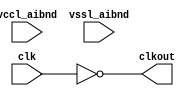
// This program was cloned from: https://github.com/chipsalliance/aib-phy-hardware
// License: Apache License 2.0

// SPDX-License-Identifier: Apache-2.0
// Copyright (C) 2019 Intel Corporation. 
// Verilog HDL and netlist files of
// "aibnd_lib aibnd_inv schematic"

// Netlisted models

// Library - aibnd_lib, Cell - aibnd_inv, View - schematic
// LAST TIME SAVED: Apr 22 17:45:05 2015
// NETLIST TIME: May 11 08:38:23 2015
//`timescale 1ns / 1ns 

module aibnd_inv ( clkout, clk, vccl_aibnd, vssl_aibnd );

output  clkout;

input  clk, vccl_aibnd, vssl_aibnd;

// List of primary aliased buses

/*
specify 
    specparam CDS_LIBNAME  = "aibnd_lib";
    specparam CDS_CELLNAME = "aibnd_inv";
    specparam CDS_VIEWNAME = "schematic";
endspecify
*/

assign clkout = ~clk ; 

endmodule


// End HDL models